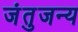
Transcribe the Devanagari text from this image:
जंतुजन्य